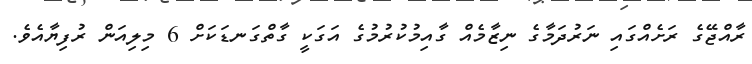
ރާއްޖޭގެ ރަށެއްގައި ނަރުދަމާގެ ނިޒާމެއް ގާއިމުކުރުމުގެ އަގަކީ ގާތްގަނޑަކަށް 6 މިލިއަން ރުފިޔާއެވެ.